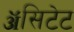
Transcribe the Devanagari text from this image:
ॲसिटेट